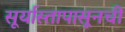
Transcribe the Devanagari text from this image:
सूर्यास्तापासूनची